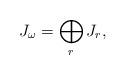
LaTeX: \begin{align*} J_\omega = \bigoplus_r J_r,\end{align*}